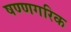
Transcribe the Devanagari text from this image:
षण्णगरिक